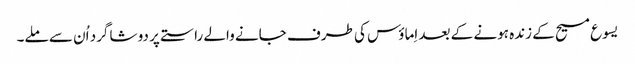
‏ یسوع مسیح کے زندہ ہونے کے بعد اِماؤس کی طرف جانے والے راستے پر دو شاگرد اُن سے ملے۔